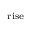
_ \mathrm { r i s e }